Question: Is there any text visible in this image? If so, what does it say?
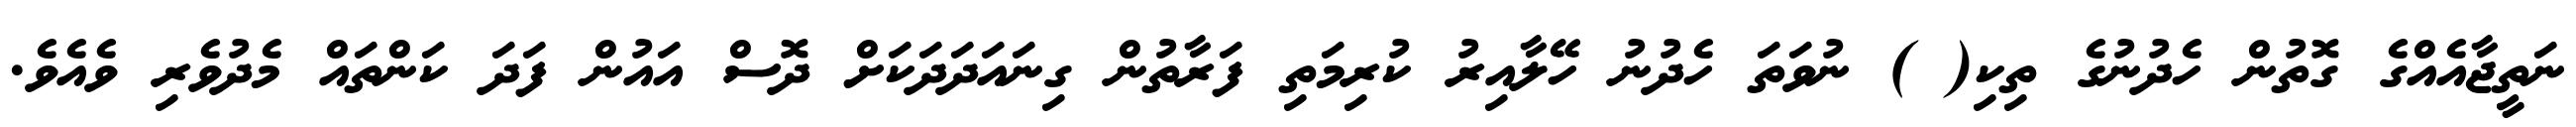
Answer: ނަތީޖާއެއްގެ ގޮތުން ހެދުނުގެ ތިކި( ) ނުވަތަ ހެދުނު ހޭލާއިރު ކުރިމަތި ފަރާތުން ގިނައަދަދަކަށް ދޮސް އައުން ފަދަ ކަންތައް މެދުވެރި ވެއެވެ.